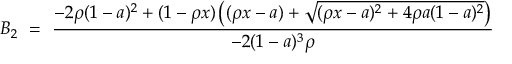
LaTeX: B _ { 2 } \ = \ { \displaystyle { \frac { - 2 \rho ( 1 - a ) ^ { 2 } + ( 1 - \rho x ) \left( ( \rho x - a ) + \sqrt { ( \rho x - a ) ^ { 2 } + 4 \rho a ( 1 - a ) ^ { 2 } } \right) } { - 2 ( 1 - a ) ^ { 3 } \rho } } } \nonumber